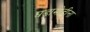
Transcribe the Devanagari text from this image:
घडामोडीना